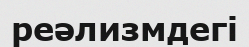
реәлизмдегі